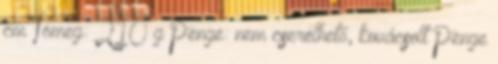
cm Tömeg: 210 g Penge: nem cserélhető, kovácsolt Penge